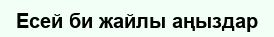
Есей би жайлы аңыздар